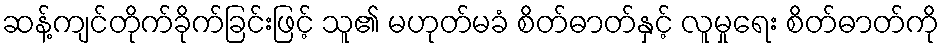
ဆန့်ကျင်တိုက်ခိုက်ခြင်းဖြင့် သူ၏ မဟုတ်မခံ စိတ်ဓာတ်နှင့် လူမှုရေး စိတ်ဓာတ်ကို